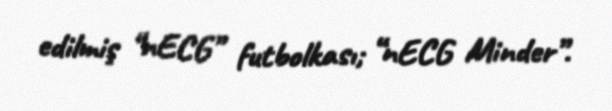
edilmiş “nECG” futbolkası; “nECG Minder”.